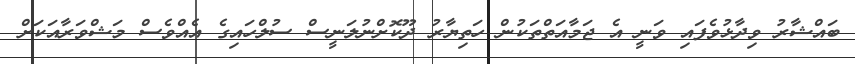
ބައްޝާރު ވިދާޅުވެފައި ވަނީ އެ ޖަމާއަތްތަކުން ހަތިޔާރު ދޫކޮށްނުލަނީސް ސުލްހައިގެ އެއްވެސް މަޝްވަރާއަކަށް